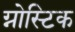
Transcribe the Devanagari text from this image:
ग्नोस्टिक